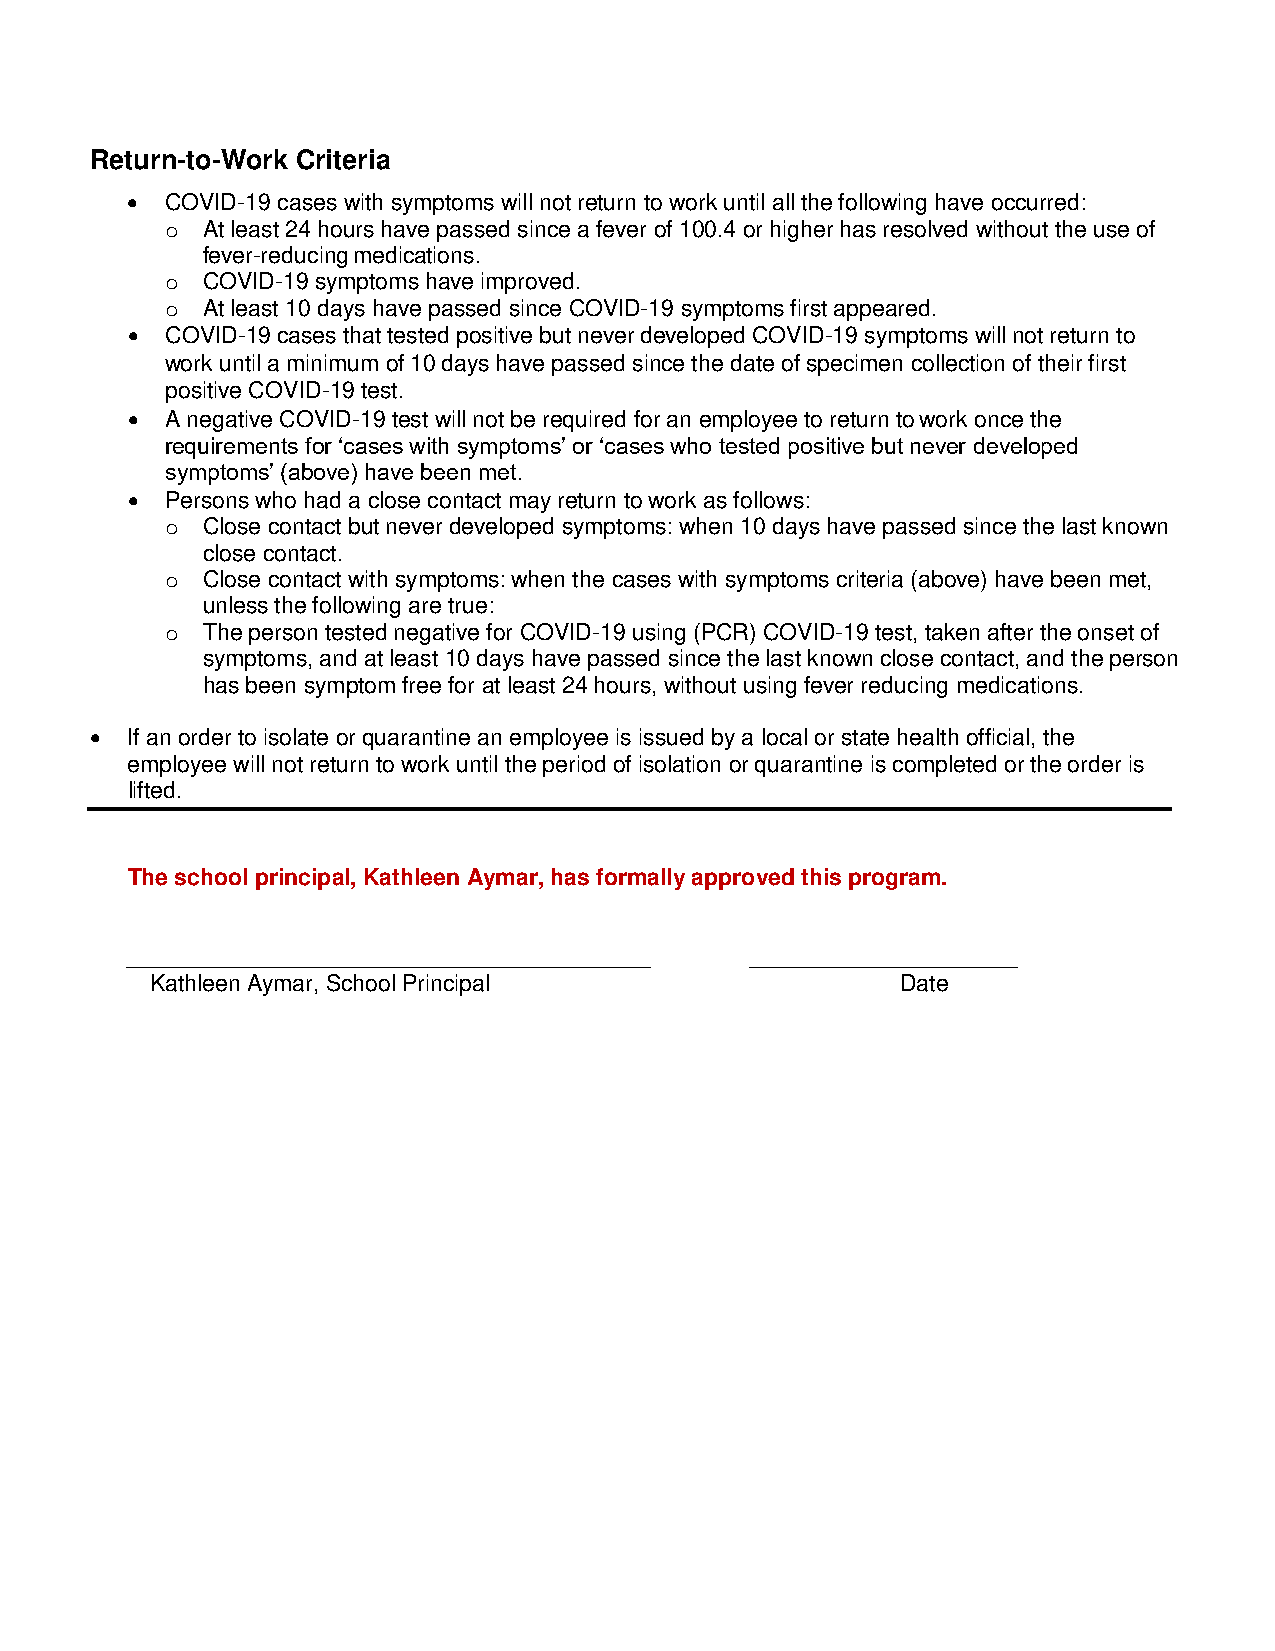
Return-to-Work Criteria
   COVID-19 cases with symptoms will not return to work until all the following have occurred:
 o At least 24 hours have passed since a fever of 100.4 or higher has resolved without the use of
 fever-reducing medications.
 o COVID-19 symptoms have improved.
 o At least 10 days have passed since COVID-19 symptoms first appeared.
   COVID-19 cases that tested positive but never developed COVID-19 symptoms will not return to
 work until a minimum of 10 days have passed since the date of specimen collection of their first
 positive COVID-19 test.
   A negative COVID-19 test will not be required for an employee to return to work once the
 requirements for ‘cases with symptoms’ or ‘cases who tested positive but never developed
 symptoms’ (above) have been met.
   Persons who had a close contact may return to work as follows:
 o Close contact but never developed symptoms: when 10 days have passed since the last known
 close contact.
 o Close contact with symptoms: when the cases with symptoms criteria (above) have been met,
 unless the following are true:
 o The person tested negative for COVID-19 using (PCR) COVID-19 test, taken after the onset of
 symptoms, and at least 10 days have passed since the last known close contact, and the person
 has been symptom free for at least 24 hours, without using fever reducing medications.
  If an order to isolate or quarantine an employee is issued by a local or state health official, the
 employee will not return to work until the period of isolation or quarantine is completed or the order is
 lifted.
 The school principal, Kathleen Aymar, has formally approved this program.
 _________________________________________ _____________________
 Kathleen Aymar, School Principal                  Date